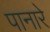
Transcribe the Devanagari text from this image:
पानारे